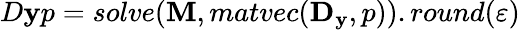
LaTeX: D\mathbf{y}p=solve(\mathbf{{M}},matvec(\mathbf{{D_{\mathbf{y}}}},p)).round(\varepsilon)